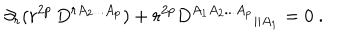
\partial _ { r } ( r ^ { 2 p } \, D ^ { r A _ { 2 } . . . A _ { p } } ) + r ^ { 2 p } { D ^ { A _ { 1 } A _ { 2 } . . . A _ { p } } } _ { | | A _ { 1 } } = 0 \ .